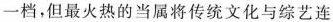
一档，但最火热的当属将传统文化与综艺连